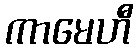
ကာမေဟီ